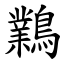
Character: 鸈